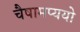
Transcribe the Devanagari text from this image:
चैषामप्ययो